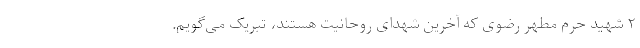
۲ شهید حرم مطهر رضوی که آخرین شهدای روحانیت هستند، تبریک می‌گویم.